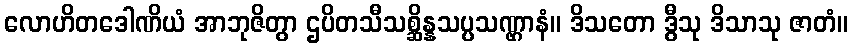
လောဟိတဒေါဏိယံ အာဘုဇိတွာ ဌပိတသီသစ္ဆိန္နသပ္ပသဏ္ဌာနံ။ ဒိသတော ဒွီသု ဒိသာသု ဇာတံ။